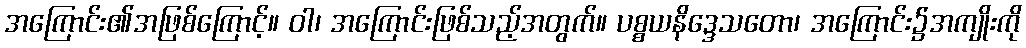
အကြောင်း၏အဖြစ်ကြောင့်။ ဝါ၊ အကြောင်းဖြစ်သည့်အတွက်။ ပစ္စယနိဒ္ဒေသတော၊ အကြောင်း၌အကျိုးကို